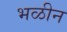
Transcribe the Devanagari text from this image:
भळीन